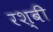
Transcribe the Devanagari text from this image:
रश्बी